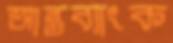
আন্তব্যাংক